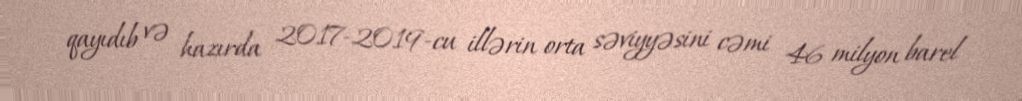
qayıdıb və hazırda 2017-2019-cu illərin orta səviyyəsini cəmi 46 milyon barel